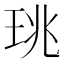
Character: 珧